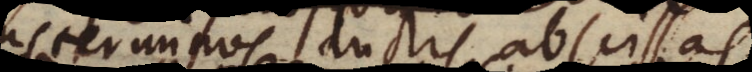
terminos ductis abscissas.